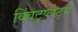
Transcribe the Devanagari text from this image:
क्विंटुप्लेट्स